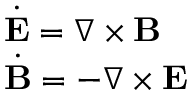
\begin{array} { l } { \dot { \mathbf { E } } = \nabla \times \mathbf { B } } \\ { \dot { \mathbf { B } } = - \nabla \times \mathbf { E } } \end{array}